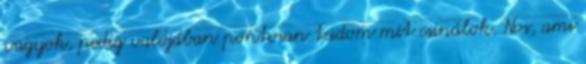
vagyok, pedig valójában pontosan tudom mit csinálok. Nos, ami